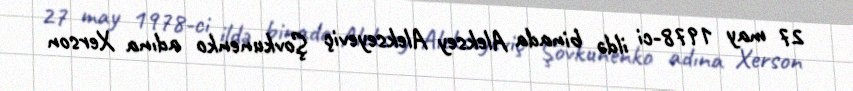
27 may 1978-ci ildə binada Aleksey Alekseyeviç Şovkunenko adına Xerson